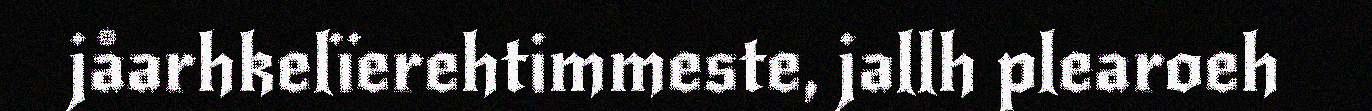
jåarhkelïerehtimmeste, jallh plearoeh